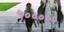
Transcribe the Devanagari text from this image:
५०००००